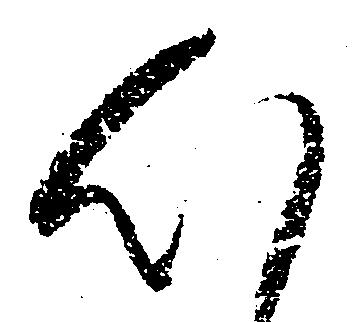
心